Report of the Indian Hemp Drugs Commission, 1894-1895 - Volume IV
Year: 1894
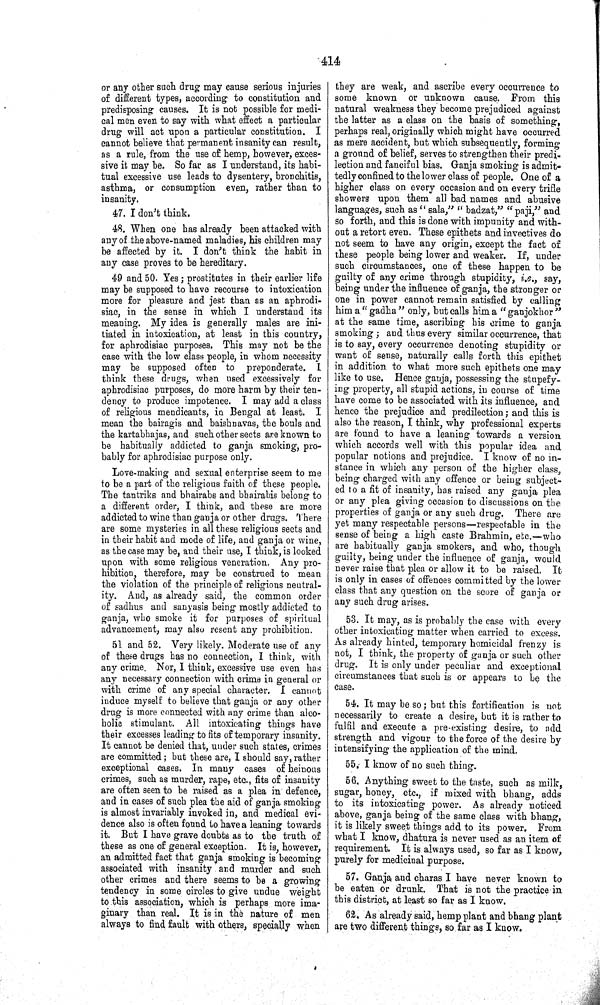
414
or any other such drug may cause serious injuries
of different types, according to constitution and
predisposing causes. It is not possible for medi-
cal men even to say with what effect a particular
drug will act upon a particular constitution. I
cannot believe that permanent insanity can result,
as a rule, from the use of hemp, however, exces-
sive it may be. So far as I understand, its habi-
tual excessive use leads to dysentery, bronchitis,
asthma, or consumption even, rather than to
insanity.
47. I don't think.
48. When one has already been attacked with
any of the above-named maladies, his children may
be affected by it. I don't think the habit in
any case proves to be hereditary.
49 and 50. Yes; prostitutes in their earlier life
may be supposed to have recourse to intoxication
more for pleasure and jest than as an aphrodi-
siac, in the sense in which I understand its
meaning. My idea is generally males are ini-
tiated in intoxication, at least in this country,
for aphrodisiac purposes. This may not be the
case with the low class people, in whom necessity
may be supposed often to preponderate. I
think these drugs, when used excessively for
aphrodisiac purposes, do more harm by their ten-
dency to produce impotence. I may add a class
of religious mendicants, in Bengal at least. I
mean the bairagis and baishnavas, the bouls and
the kartabhajas, and such other sects are known to
be habitually addicted to ganja smoking, pro-
bably for aphrodisiac purpose only.
Love-making and sexual enterprise seem to me
to be a part of the religious faith of these people.
The tantriks and bhairabs and bhairabis belong to
a different order, I think, and these are more
addicted to wine than ganja or other drugs. There
are some mysteries in all these religious sects and
in their habit and mode of life, and ganja or wine,
as the case may be, and their use, I think, is looked
upon with some religious veneration. Any pro-
hibition, therefore, may be construed to mean
the violation of the principle of religious neutral-
ity. And, as already said, the common order
of sadhus and sanyasis being mostly addicted to
ganja, who smoke it for purposes of spiritual
advancement, may also resent any prohibition.
51 and 52. Very likely. Moderate use of any
of these drugs has no connection, I think, with
any crime. Nor, I think, excessive use even has
any necessary connection with crime in general or
with crime of any special character. I cannot
induce myself to believe that ganja or any other
drug is more connected with any crime than alco-
holic stimulant. All intoxicating things have
their excesses leading to fits of temporary insanity.
It cannot be denied that, under such states, crimes
are committed; but these are, I should say, rather
exceptional cases. In many cases of heinous
crimes, such as murder, rape, etc., fits of insanity
are often seen to be raised as a plea in defence,
and in cases of such plea the aid of ganja smoking
is almost invariably invoked in, and medical evi-
dence also is often found to have a leaning towards
it. But I have grave doubts as to the truth of
these as one of general exception. It is, however,
an admitted fact that ganja smoking is becoming
associated with insanity and murder and such
other crimes and there seems to be a growing
tendency in some circles to give undue weight
to this association, which is perhaps more ima-
ginary than real. It is in the nature of men
always to find fault with others, specially when
they are weak, and ascribe every occurrence to
some known or unknown cause. From this
natural weakness they become prejudiced against
the latter as a class on the basis of something,
perhaps real, originally which might have occurred
as mere accident, but which subsequently, forming
a ground of belief, serves to strengthen their predi-
lection and fanciful bias. Ganja smoking is admit-
tedly confined to the lower class of people. One of a
higher class on every occasion and on every trifle
showers upon them all bad names and abusive
languages, such as "sala," "badzat," "paji," and
so forth, and this is done with impunity and with-
out a retort even. These epithets and invectives do
not seem to have any origin, except the fact of
these people being lower and weaker. If, under
such circumstances, one of these happen to be
guilty of any crime through stupidity, i.e., say,
being under the influence of ganja, the stronger or
one in power cannot remain satisfied by calling
him a "gadha" only, but calls him a "ganjokhor"
at the same time, ascribing his crime to ganja
smoking; and thus every similar occurrence, that
is to say, every occurrence denoting stupidity or
want of sense, naturally calls forth this epithet
in addition to what more such epithets one may
like to use. Hence ganja, possessing the stupefy-
ing property, all stupid actions, in course of time
have come to be associated with its influence, and
hence the prejudice and predilection; and this is
also the reason, I think, why professional experts
are found to have a leaning towards a version
which accords well with this popular idea and
popular notions and prejudice. I know of no in-
stance in which any person of the higher class,
being charged with any offence or being subject-
ed to a fit of insanity, has raised any ganja plea
or any plea giving occasion to discussions on the
properties of ganja or any such drug. There are
yet many respectable persons—respectable in the
sense of being a high caste Brahmin, etc.—who
are habitually ganja smokers, and who, though
guilty, being under the influence of ganja, would
never raise that plea or allow it to be raised. It
is only in cases of offences committed by the lower
class that any question on the score of ganja or
any such drug arises.
53. It may, as is probably the case with every
other intoxicating matter when carried to excess.
As already hinted, temporary homicidal frenzy is
not, I think, the property of ganja or such other
drug. It is only under peculiar and exceptional
circumstances that such is or appears to be the
case.
54. It may be so; but this fortification is not
necessarily to create a desire, but it is rather to
fulfil and execute a pre-existing desire, to add
strength and vigour to the force of the desire by
intensifying the application of the mind.
55. I know of no such thing.
56. Anything sweet to the taste, such as milk,
sugar, honey, etc., if mixed with bhang, adds
to its intoxicating power. As already noticed
above, ganja being of the same class with bhang,
it is likely sweet things add to its power. From
what I know, dhatura is never used as an item of
requirement. It is always used, so far as I know,
purely for medicinal purpose.
57. Ganja and charas I have never known to
be eaten or drunk. That is not the practice in
this district, at least so far as I know.
62. As already said, hemp plant and bhang plant
are two different things, so far as I know.